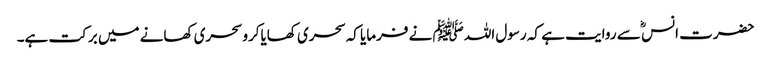
حضرت انس ؓ سے روایت ہے کہ رسول اللہﷺ نے فرمایا کہ سحری کھایاکرو سحری کھانے میں برکت ہے۔